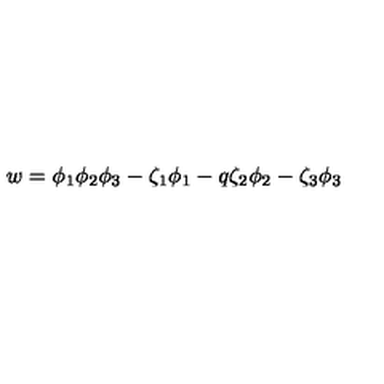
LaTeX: w = \phi _ { 1 } \phi _ { 2 } \phi _ { 3 } - \zeta _ { 1 } \phi _ { 1 } - q \zeta _ { 2 } \phi _ { 2 } - \zeta _ { 3 } \phi _ { 3 }